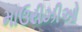
માઉરીઝીઓ